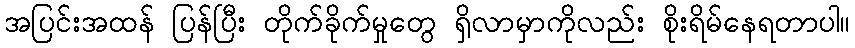
အပြင်းအထန် ပြန်ပြီး တိုက်ခိုက်မှုတွေ ရှိလာမှာကိုလည်း စိုးရိမ်နေရတာပါ။